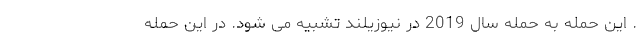
. این حمله به حمله سال 2019 در نیوزیلند تشبیه می شود. در این حمله